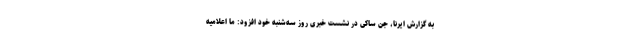
به گزارش ایرنا، جن ساکی در نشست خبری روز سه‌شنبه خود افزود: ما اعلامیه